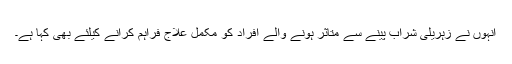
انہوں نے زہریلی شراب پینے سے متاثر ہونے والے افراد کو مکمل علاج فراہم کرانے کیلئے بھی کہا ہے۔